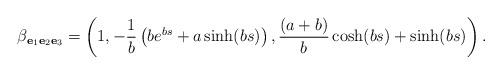
LaTeX: \begin{align*}\beta_{\mathbf{e}_{1}\mathbf{e}_{2}\mathbf{e}_{3}}=\left( 1,-\frac{1}{b}\left( be^{bs}+a\sinh (bs)\right) ,\frac{(a+b)}{b}\cosh(bs)+\sinh (bs)\right).\end{align*}